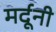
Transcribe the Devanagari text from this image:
मर्दूनी